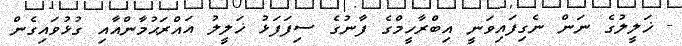
- ޚަލީލުގެ ނަން ނެގިފައިވަނީ އިބްރާހީމްގެ ފާނުގެ ސިފަފަޅު ޚަލީލު އައްރަޙުމާންއާއި ގުޅުވައިގެން